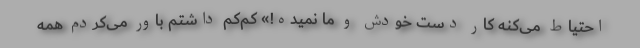
احتیاط می‌کنه کار دست خودش و ما نمیده!» کم‌کم داشتم باور می‌کردم همه